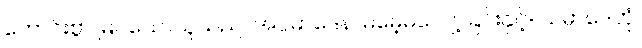
ကောင်းစွာ မြင်သောသူသည်။ အပ္ပမာဒေန၊ မမေ့မလျော့ခြင်းနှင့်။ သမ္ပာဒေတုံ၊